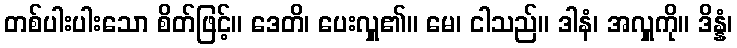
တစ်ပါးပါးသော စိတ်ဖြင့်။ ဒေတိ၊ ပေးလှူ၏။ မေ၊ ငါသည်။ ဒါနံ၊ အလှူကို။ ဒိန္နံ၊